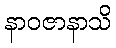
နာဝဇာနာသိ